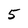
Character: 5